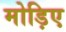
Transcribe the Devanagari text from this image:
मोड़िए